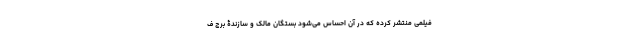
فیلمی منتشر کرده که در آن احساس می‌شود بستگان مالک و سازندۀ برج ف